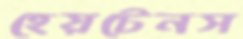
হেয়টেনস